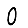
Digit: 0